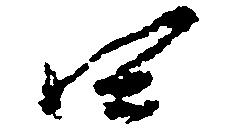
四